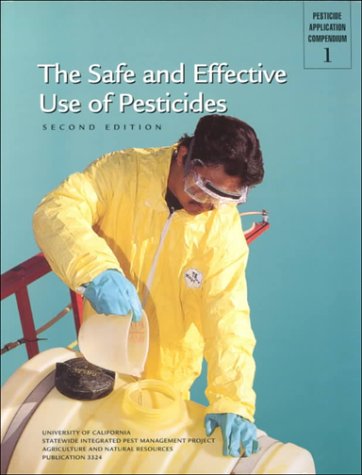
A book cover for The Safe and Effective Use of Pesticides (Pesticide Application Compendium 1); Patrick J. O'Connor-Marer; Science & Math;